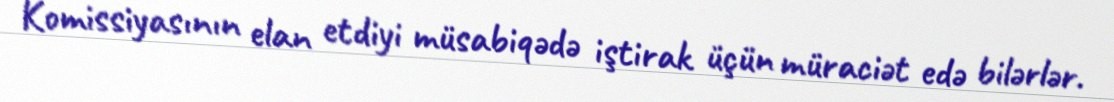
Komissiyasının elan etdiyi müsabiqədə iştirak üçün müraciət edə bilərlər.